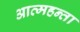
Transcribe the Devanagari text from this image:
आत्महन्ता